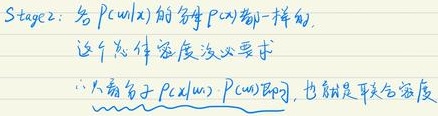
Stage2：各 \(P(x|w)\) 的分母 \(P(w)\) 都一样的，这个总体密度没必要求。
\(\therefore\) 只需分子 \(P(x|w)P(w)\) 即可，也就是 关联 密度